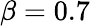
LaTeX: \beta=0.7